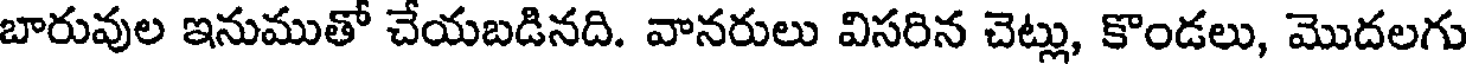
బారువుల ఇనుముతో చేయబడినది. వానరులు విసరిన చెట్లు, కొండలు, మొదలగు